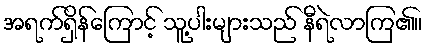
အရက်ရှိန်ကြောင့် သူ့ပါးများသည် နီရဲလာကြ၏။